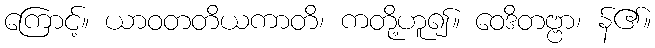
ကြောင့်။ ယာဝတတိယကာတိ၊ ကတို့ဟူ၍။ ဝေဒိတဗ္ဗာ၊ န်၏။